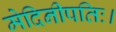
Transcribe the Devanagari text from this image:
मेदिनीपतिः।